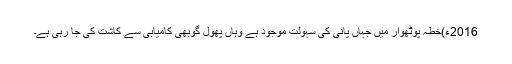
2016ء)خطہ پوٹھوار میں جہاں پانی کی سہولت موجود ہے وہاں پھول گوبھی کامیابی سے کاشت کی جا رہی ہے۔